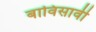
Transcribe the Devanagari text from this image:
बाविसावी